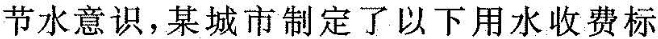
节水意识，某城市制定了以下用水收费标